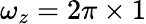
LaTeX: \omega_{z}=2\pi\times 1